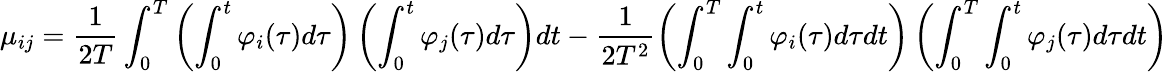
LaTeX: \mu_{ij}=\frac{1}{2T}\int_{0}^{T}\left(\int_{0}^{t}\varphi_{i}(\tau)d\tau\right)\left(\int_{0}^{t}\varphi_{j}(\tau)d\tau\right)dt-\frac{1}{2T^{2}}\left(\int_{0}^{T}\int_{0}^{t}\varphi_{i}(\tau)d\tau dt\right)\left(\int_{0}^{T}\int_{0}^{t}\varphi_{j}(\tau)d\tau dt\right)